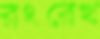
রংরেখ